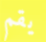
يقم